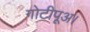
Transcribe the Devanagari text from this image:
गोटीपूअ।